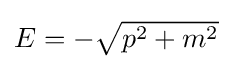
{\textstyle E=-{\sqrt {p^{2}+m^{2}}}}